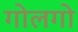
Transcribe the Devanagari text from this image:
गोलगो